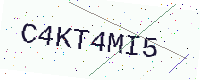
Text: C4KT4MI5